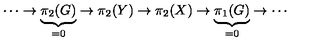
\cdots \to \underbrace { \pi _ { 2 } ( G ) } _ { = 0 } \to \pi _ { 2 } ( Y ) \to \pi _ { 2 } ( X ) \to \underbrace { \pi _ { 1 } ( G ) } _ { = 0 } \to \cdots